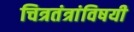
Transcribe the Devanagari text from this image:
चित्रतंत्रांविषयी